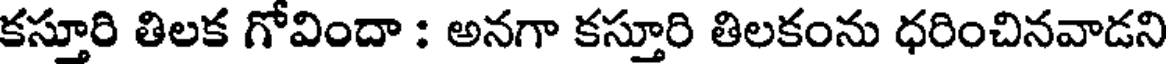
కస్తూరి తిలక గోవిందా : అనగా కస్తూరి తిలకంను ధరించినవాడని